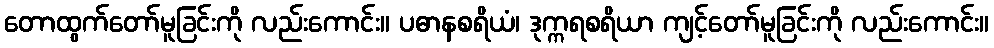
တောထွက်တော်မူခြင်းကို လည်းကောင်း။ ပဓာနစရိယံ၊ ဒုက္ကရစရိယာ ကျင့်တော်မူခြင်းကို လည်းကောင်း။